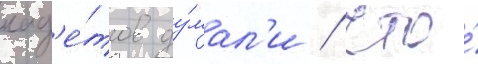
кад'е́тов ду́мал'и / что́